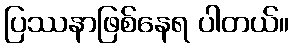
ပြဿနာဖြစ်နေရ ပါတယ်။